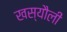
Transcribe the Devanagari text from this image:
खस्यौली